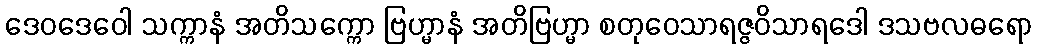
ဒေဝဒေဝေါ သက္ကာနံ အတိသက္ကော ဗြဟ္မာနံ အတိဗြဟ္မာ စတုဝေသာရဇ္ဇဝိသာရဒေါ ဒသဗလဓရော